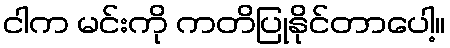
ငါက မင်းကို ကတိပြုနိုင်တာပေါ့။